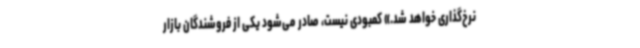
نرخ‌گذاری خواهد شد.» کمبودی نیست، صادر می‌شود یکی از فروشندگان بازار